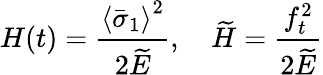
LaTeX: H(t)=\frac{\left\langle\bar{\sigma}_{1}\right\rangle^{2}}{2\widetilde{E}},\quad\widetilde{H}=\frac{f_{t}^{2}}{2\widetilde{E}}